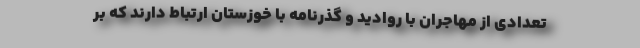
تعدادی از مهاجران با روادید و گذرنامه با خوزستان ارتباط دارند که بر